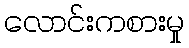
လောင်းကစားမှု